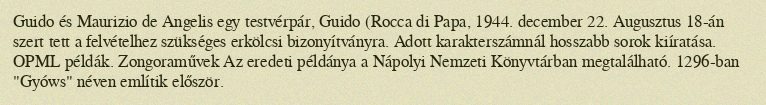
Guido és Maurizio de Angelis egy testvérpár, Guido (Rocca di Papa, 1944. december 22. Augusztus 18-án szert tett a felvételhez szükséges erkölcsi bizonyítványra. Adott karakterszámnál hosszabb sorok kiíratása. OPML példák. Zongoraművek Az eredeti példánya a Nápolyi Nemzeti Könyvtárban megtalálható. 1296-ban "Gyóws" néven említik először.